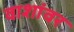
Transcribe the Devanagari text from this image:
वाशांवर